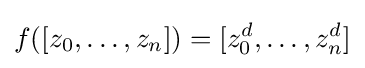
f([z_{0},\ldots ,z_{n}])=[z_{0}^{d},\ldots ,z_{n}^{d}]